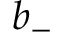
b _ { - }